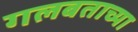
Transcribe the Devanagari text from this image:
गलबताच्या